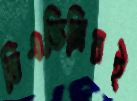
বিএডিসিরই